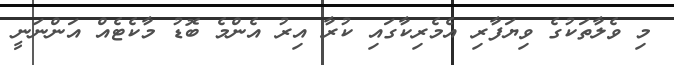
މި ވެލާތަކުގެ ވިޔަފާރި އެމެރިކާގައި ކުރާ އިރު އެންމެ ބޮޑު މާކެޓެއް އަންނަނީ